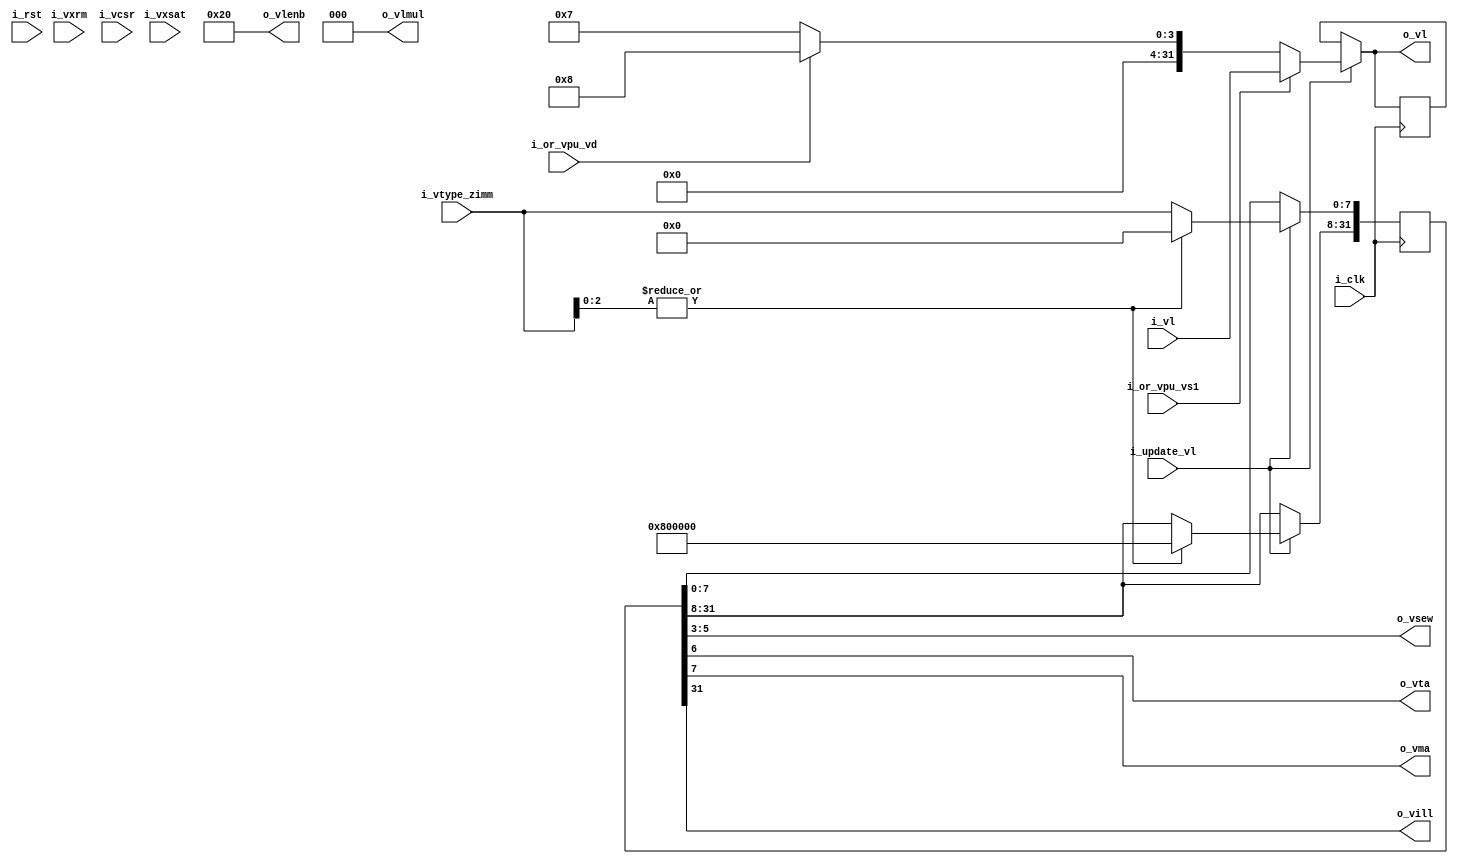
module vector_csrs
#(
    parameter WIDTH = 32,
    parameter VLEN = 256
) (
    input  wire             i_clk,
    input  wire             i_rst,
    input  wire [WIDTH-1:0] i_vxsat,
    input  wire [WIDTH-1:0] i_vxrm,
    input  wire [WIDTH-1:0] i_vcsr,
    input  wire [WIDTH-1:0] i_vl,
    input  wire [7:0]       i_vtype_zimm,
    input  wire             i_update_vl,
    input  wire             i_or_vpu_vs1,
    input  wire             i_or_vpu_vd,
    output reg  [WIDTH-1:0] o_vlenb,
    output wire [2:0]       o_vsew,
    output wire [2:0]       o_vlmul,
    output wire             o_vta,
    output wire             o_vma,
    output wire             o_vill,
    output wire [WIDTH-1:0] o_vl
);

    reg [WIDTH-1:0] vstart;
    reg [WIDTH-1:0] vxsat;
    reg [WIDTH-1:0] vxrm;
    reg [WIDTH-1:0] vcsr;
    reg [WIDTH-1:0] vl;
    reg [WIDTH-1:0] vtype;
    reg [WIDTH-1:0] vlenb;

    assign o_vsew = vtype[5:3];
    assign o_vlmul = 3'd0; //vtype[2:0];
    assign o_vta = vtype[6];
    assign o_vma = vtype[7];
    assign o_vill = vtype[WIDTH-1];
    assign o_vlenb = 32'd32;
    assign o_vl = (i_update_vl ? next_vl : vl); //tmp for now, stick with 32 bits
    wire [31:0] next_vl;
    
    assign next_vl = i_or_vpu_vs1 ? i_vl : (i_or_vpu_vd ? 32'd8 : 32'd7);
    
    always @(posedge i_clk) begin
        if(i_update_vl) begin
            vl <= next_vl;
            if(|i_vtype_zimm[2:0])
                vtype <= {1'b1, {31{1'b0}}};
            else
                vtype[7:0] <= i_vtype_zimm;
        end
    end
    
endmodule